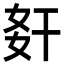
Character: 姧